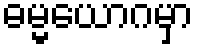
ဓမ္မယောဂမှာ